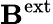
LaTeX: \mathbf{B}^{\mathrm{ext}}